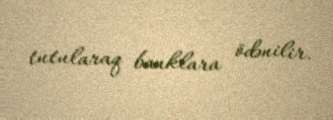
tutularaq banklara ödənilir.